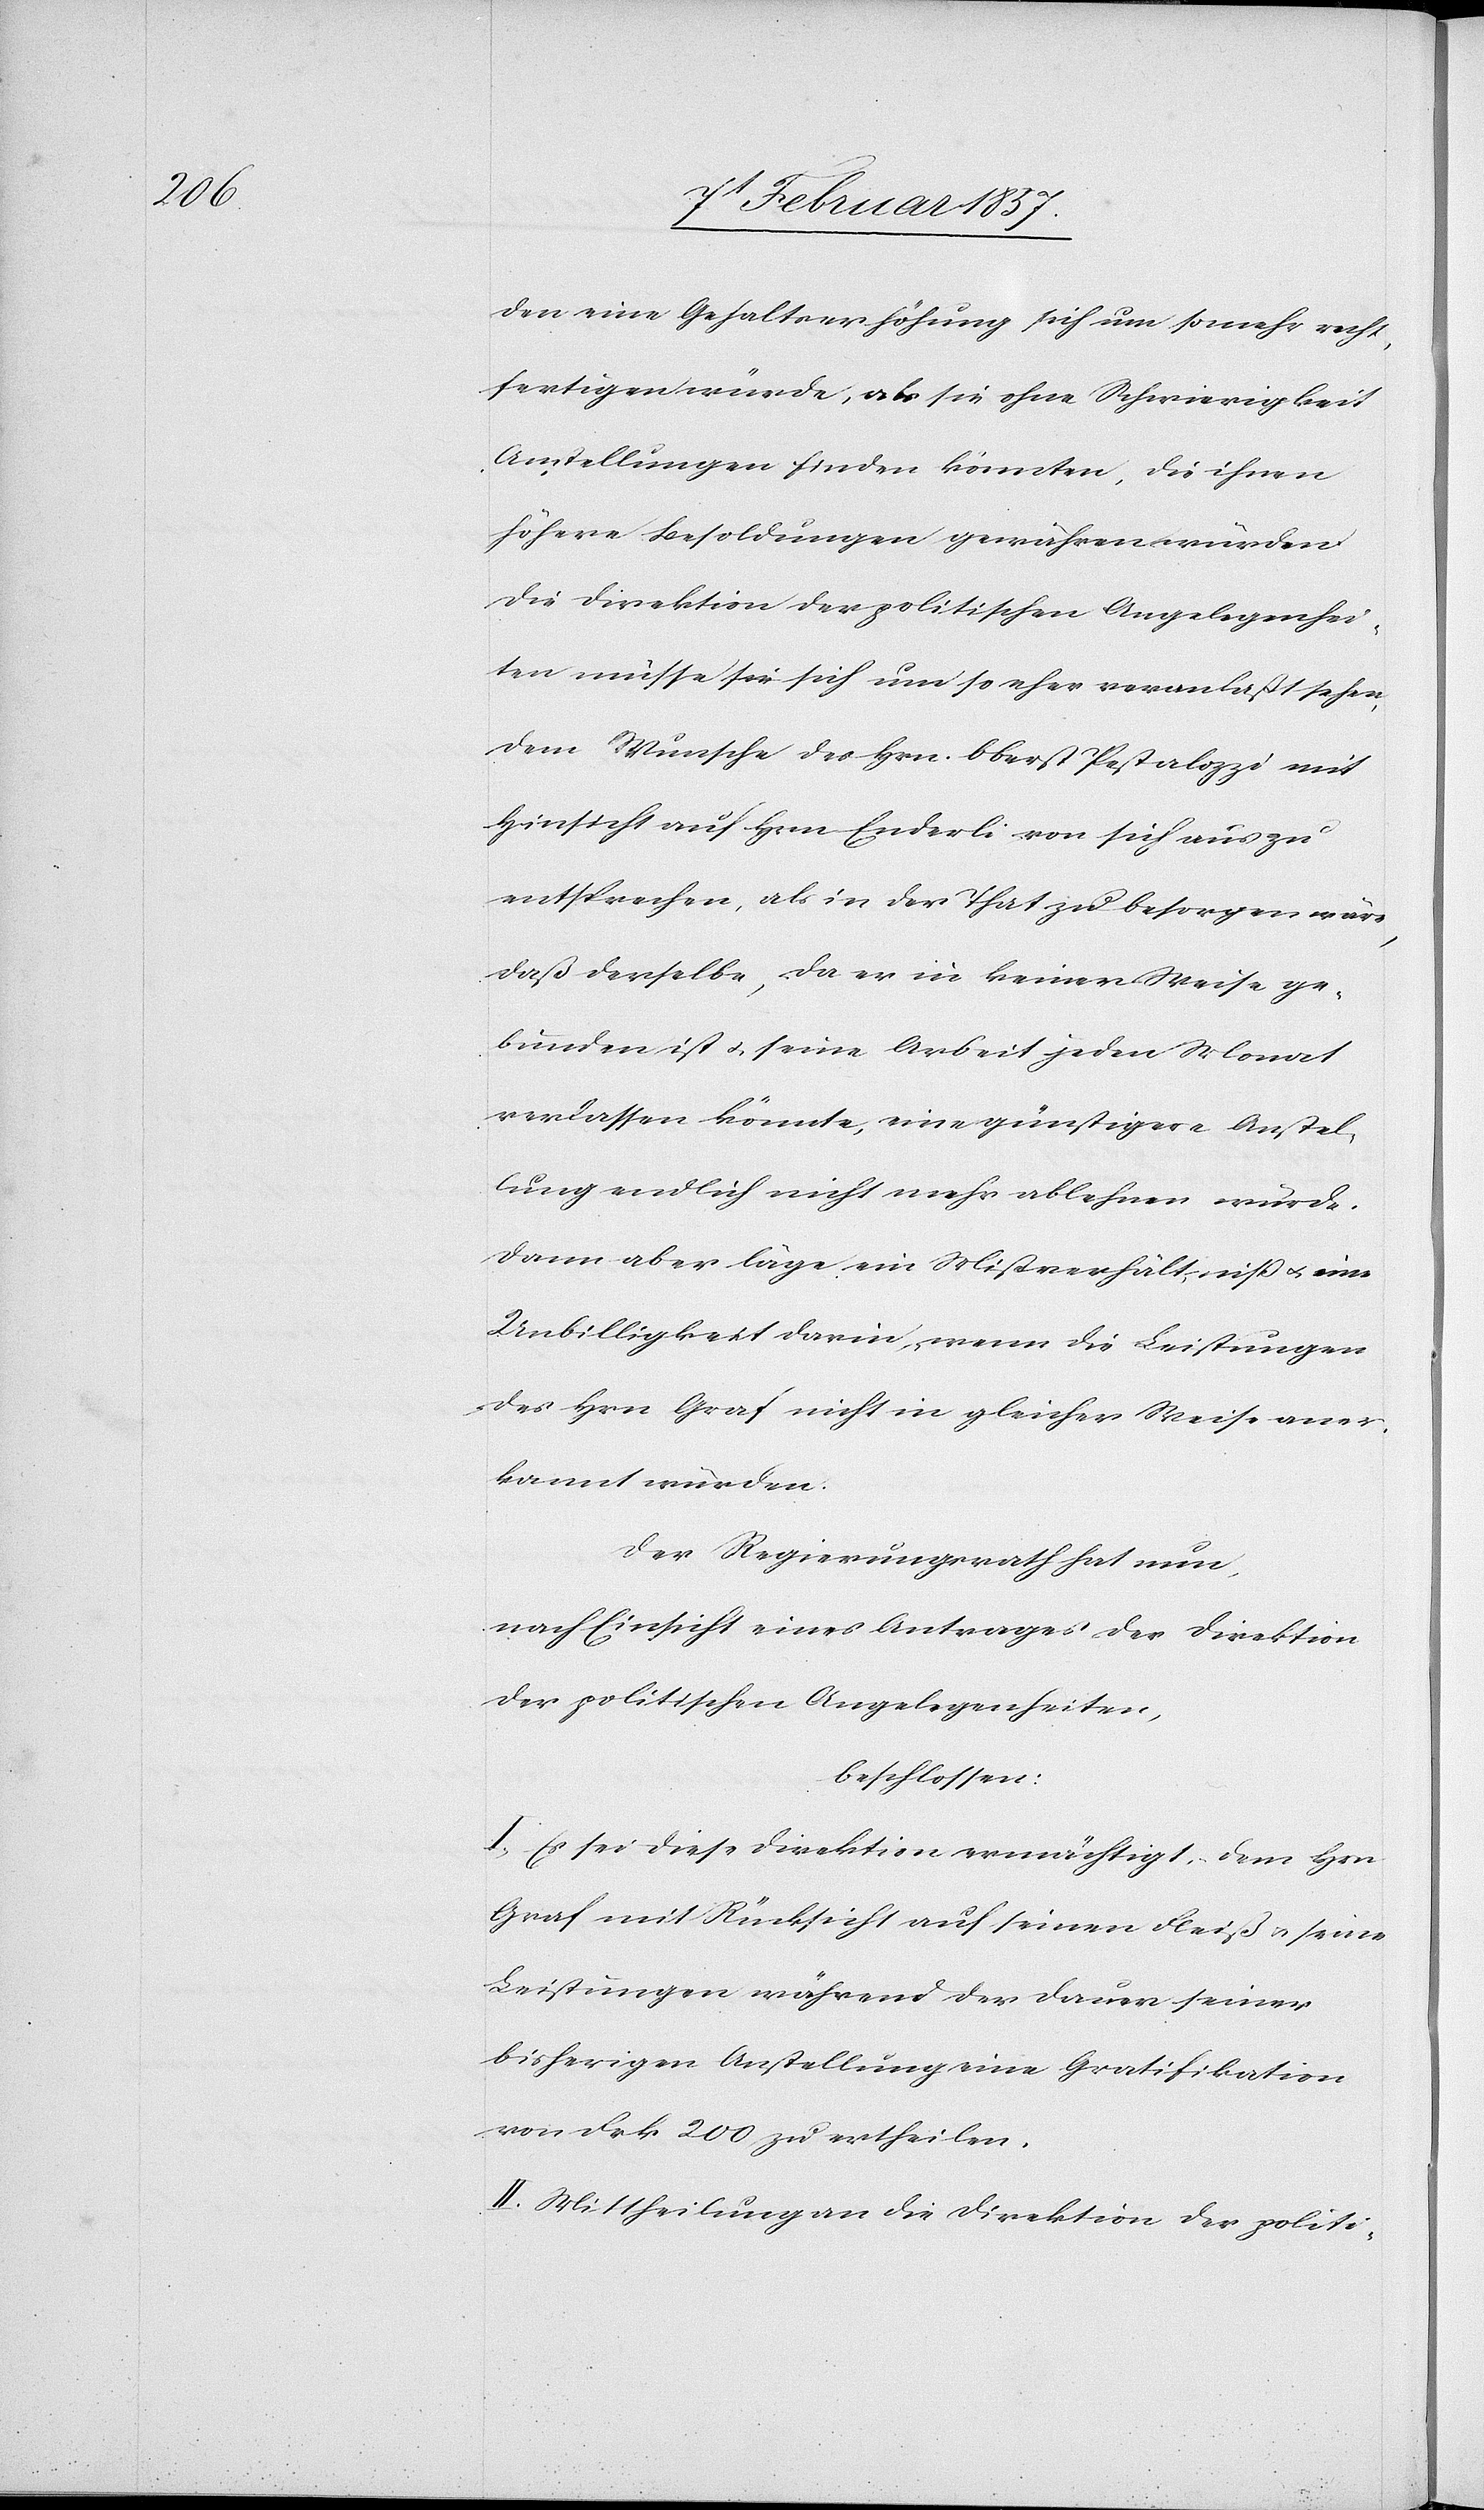
den eine Gehaltserhöhung sich um so mehr recht¬
fertigen würde, als sie ohne Schwierigkeit
Anstellungen finden könnten, die ihnen
höhere Besoldungen gewähren würden.
Die Direktion der politischen Angelegenhei¬
ten müsse sich um so eher veranlaßt sehen,
dem Wunsche des Hrn. Oberst Pestalozzi mit
Hinsicht auf Hrn Enderli von sich aus zu
gebunden ist u. seine Arbeit jeden Monat
verlassen könnte, eine günstigere Anstel¬
lung endlich nicht mehr ablehnen würde.
Dann aber läge ein Missverhältniss u. eine
Unbilligkeit darin, wenn die Leistungen
des Hrn Graf nicht in gleicher Weise aner¬
kannt würden.
Der Regierungsrath hat nun,
nach Einsicht eines Antrages der Direktion
der politischen Angelegenheiten,
beschlossen:
I. Es sei diese Direktion ermächtigt, dem Hrn
Graf mit Rücksicht auf seinen Fleiß u. seine
Leistungen während der Dauer seiner
bisherigen Anstellung eine Gratifikation
von Frk 200 zu ertheilen.
II. Mittheilung an die Direktion der politi-